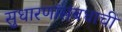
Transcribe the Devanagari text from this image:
सुधारणांसंबधाची